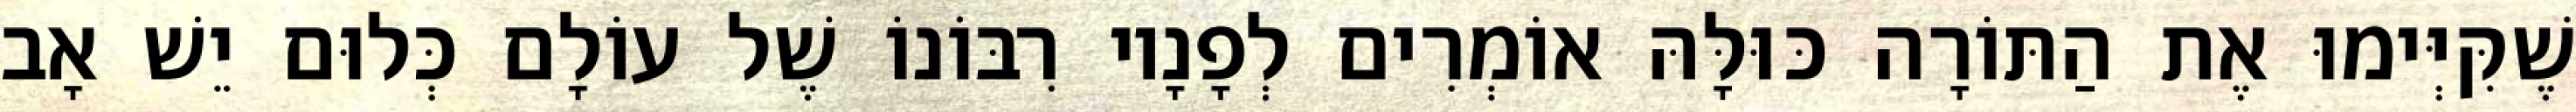
שֶׁקִּיְּימוּ אֶת הַתּוֹרָה כּוּלָּהּ אוֹמְרִים לְפָנָיו רִבּוֹנוֹ שֶׁל עוֹלָם כְּלוּם יֵשׁ אָב